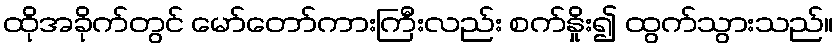
ထိုအခိုက်တွင် မော်တော်ကားကြီးလည်း စက်နှိုး၍ ထွက်သွားသည်။